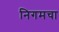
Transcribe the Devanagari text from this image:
निगमचा